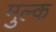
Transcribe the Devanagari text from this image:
मुल्‍क